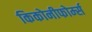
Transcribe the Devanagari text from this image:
किकोनीफोर्म्स